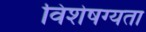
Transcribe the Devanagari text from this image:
विशेषग्यता